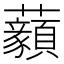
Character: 𧅙